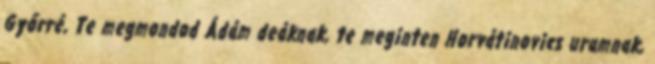
Győrré, Te megmondod Ádám deáknak, te meginten Horvátinovics uramnak,